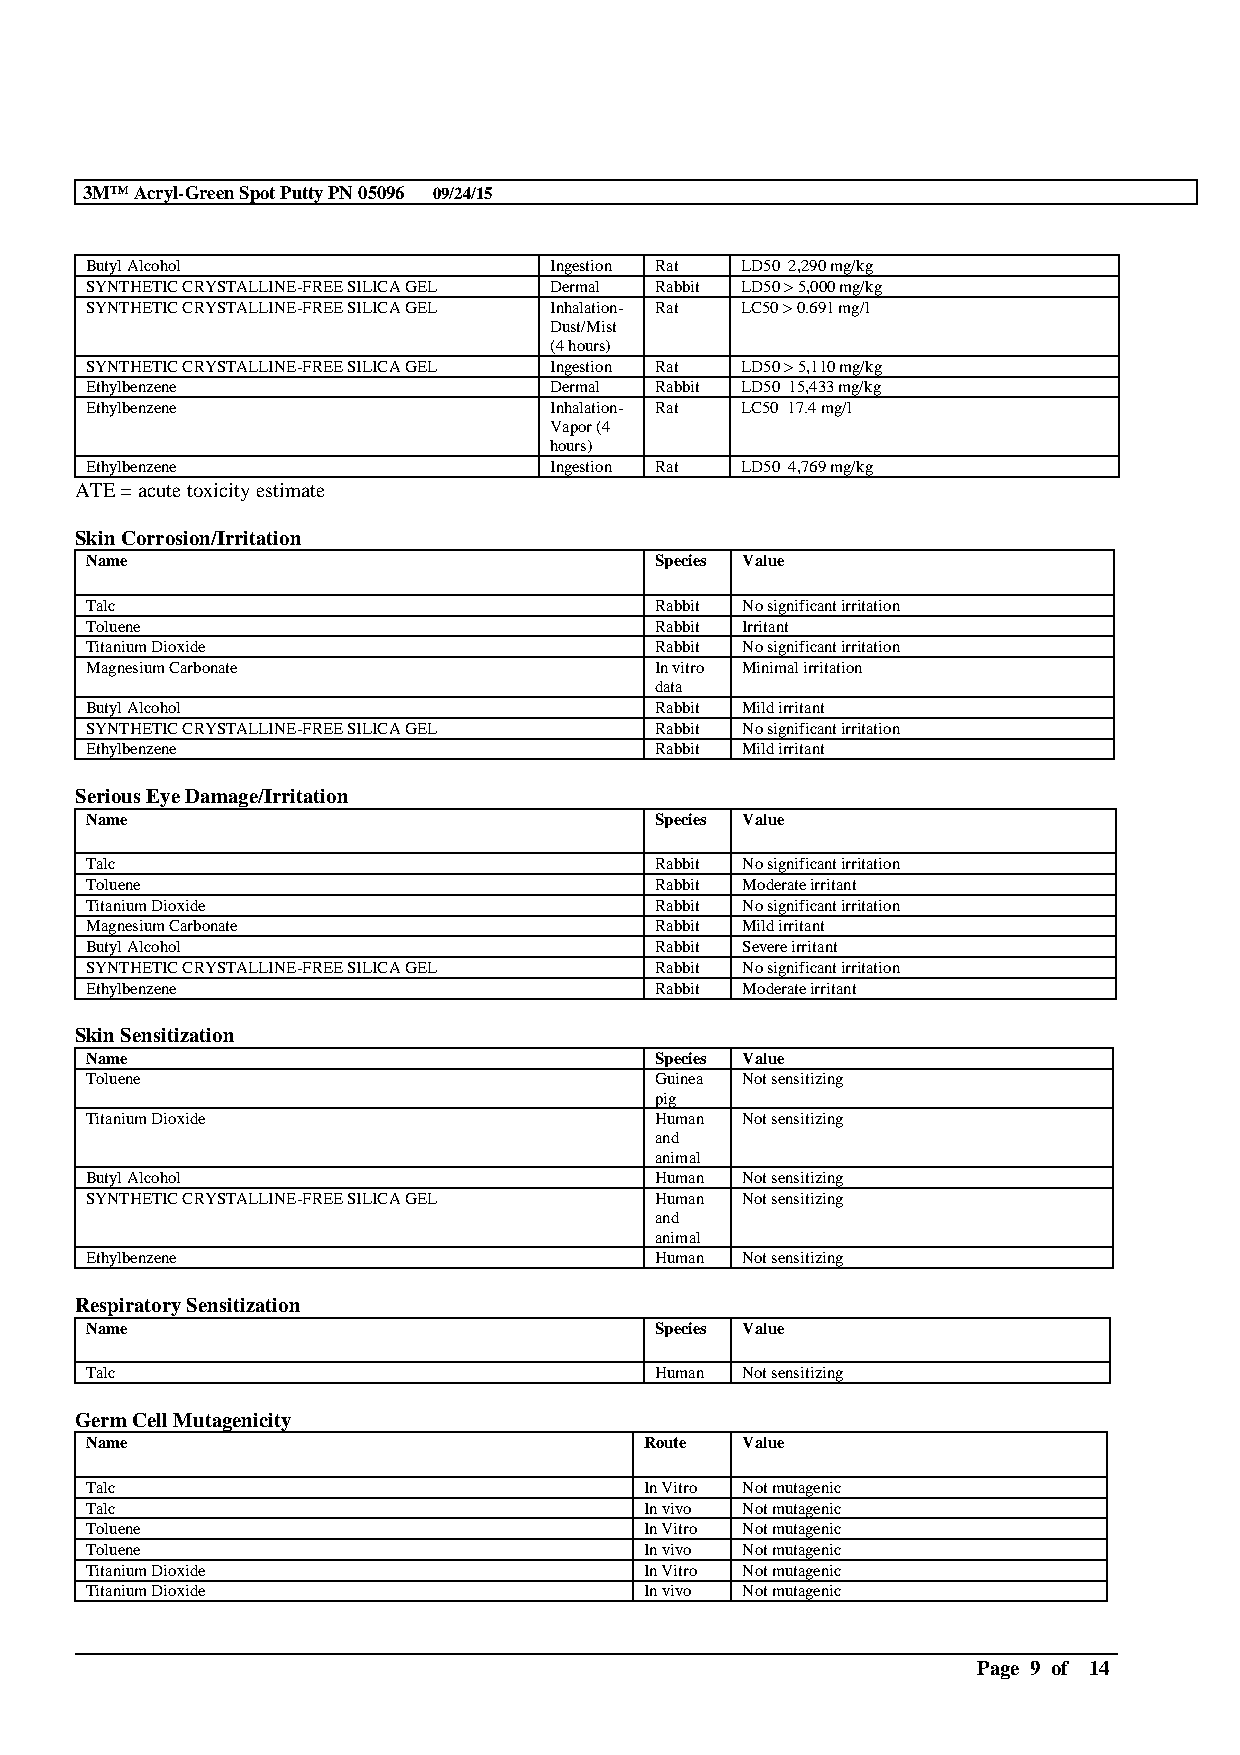
3M™Acryl-Green Spot Putty PN 05096 09/24/15
 Butyl Alcohol                 Ingestion Rat LD50 2,290 mg/kg
 SYNTHETIC CRYSTALLINE-FREE SILICAGEL Dermal Rabbit LD50 > 5,000 mg/kg
 SYNTHETIC CRYSTALLINE-FREE SILICAGEL Inhalation- Rat LC50 > 0.691 mg/l
 Dust/Mist
 (4 hours)
 SYNTHETIC CRYSTALLINE-FREE SILICAGEL Ingestion Rat LD50 > 5,110 mg/kg
 Ethylbenzene                  Dermal Rabbit LD50 15,433 mg/kg
 Ethylbenzene                  Inhalation- Rat LC50 17.4 mg/l
 Vapor (4
 hours)
 Ethylbenzene                  Ingestion Rat LD50 4,769 mg/kg
 ATE = acute toxicity estimate
 Skin Corrosion/Irritation
 Name                                 Species Value
 Talc                                 Rabbit No significant irritation
 Toluene                              Rabbit Irritant
 Titanium Dioxide                     Rabbit No significant irritation
 Magnesium Carbonate                  In vitro Minimal irritation
 data
 Butyl Alcohol                        Rabbit Mild irritant
 SYNTHETIC CRYSTALLINE-FREE SILICAGEL Rabbit No significant irritation
 Ethylbenzene                         Rabbit Mild irritant
 Serious Eye Damage/Irritation
 Name                                 Species Value
 Talc                                 Rabbit No significant irritation
 Toluene                              Rabbit Moderate irritant
 Titanium Dioxide                     Rabbit No significant irritation
 Magnesium Carbonate                  Rabbit Mild irritant
 Butyl Alcohol                        Rabbit Severe irritant
 SYNTHETIC CRYSTALLINE-FREE SILICAGEL Rabbit No significant irritation
 Ethylbenzene                         Rabbit Moderate irritant
 Skin Sensitization
 Name                                 Species Value
 Toluene                              Guinea Not sensitizing
 pig
 Titanium Dioxide                     Human Not sensitizing
 and
 animal
 Butyl Alcohol                        Human Not sensitizing
 SYNTHETIC CRYSTALLINE-FREE SILICAGEL Human Not sensitizing
 and
 animal
 Ethylbenzene                         Human Not sensitizing
 Respiratory Sensitization
 Name                                 Species Value
 Talc                                 Human Not sensitizing
 Germ Cell Mutagenicity
 Name                                 Route Value
 Talc                                 In Vitro Not mutagenic
 Talc                                 In vivo Not mutagenic
 Toluene                              In Vitro Not mutagenic
 Toluene                              In vivo Not mutagenic
 Titanium Dioxide                     In Vitro Not mutagenic
 Titanium Dioxide                     In vivo Not mutagenic
 __________________________________________________________________________________________
 Page 9 of 14